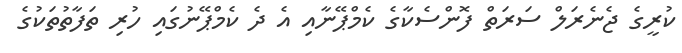
ކުރީގެ ޖެނެރަލް ސަރަތް ފޮންސެކާގެ ކެމްޕޭނާއި އެ ދެ ކެމްޕޭނުގައި ހުރި ތަފާތުތަކުގެ